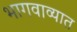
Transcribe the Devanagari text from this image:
भागवाव्यात